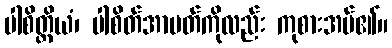
ပါစိတ္တိယံ၊ ပါစိတ်အာပတ်ကိုလည်း ကုစားအပ်၏။